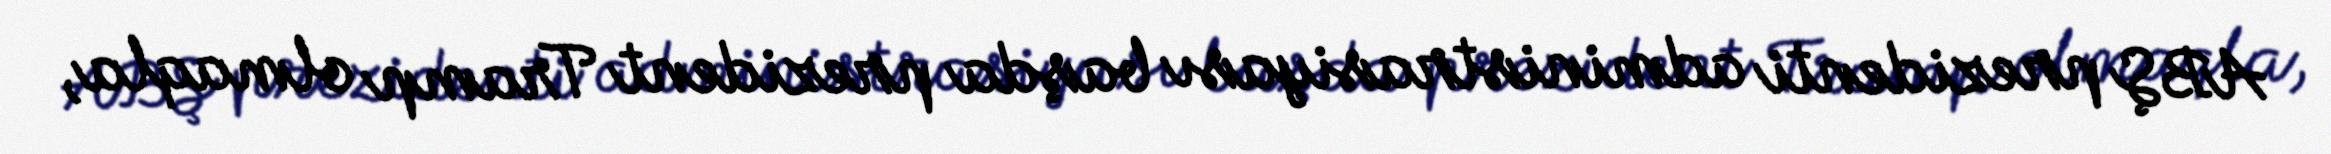
ABŞ prezidenti administrasiyası başda prezident Tramp olmaqla,